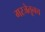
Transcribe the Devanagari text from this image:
गरजेतूनच